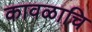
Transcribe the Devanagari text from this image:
कावळाचि